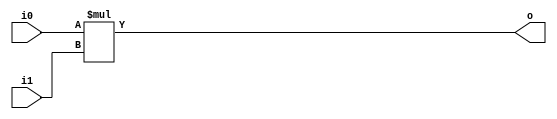
module hardcaml_lib_muls
#(
    parameter w0=1, 
    parameter w1=1
) 
(
    input [w0-1:0] i0,
    input [w1-1:0] i1,
    output [w0+w1-1:0] o
);
    assign o = $signed(i0) * $signed(i1);
endmodule